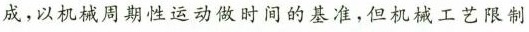
成，以机械周期性运动做时间的基准，但机械工艺限制